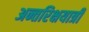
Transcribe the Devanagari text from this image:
अन्तरिक्षयात्री